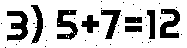
3) 5+7=12